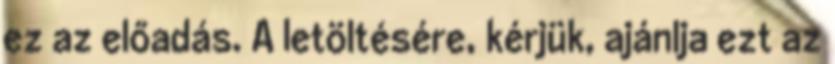
ez az előadás. A letöltésére, kérjük, ajánlja ezt az